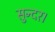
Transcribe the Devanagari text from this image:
सुन्दर।